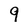
Character: 9